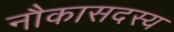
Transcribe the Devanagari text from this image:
नौकासदस्य